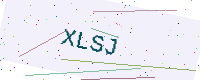
Text: XLSJ